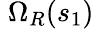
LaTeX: \; \Omega_{R}(s_{1})